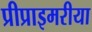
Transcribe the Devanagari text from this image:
प्रीप्राइमरीया